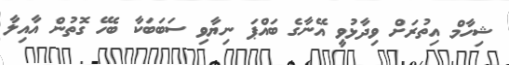
ޝިހާމް އިތުރަށް ވިދާޅުވީ އޭނާގެ ބައްޕަ ނިޔާވި ސަބަބަކާ ބެހޭ ގޮތުން އާއިލާ